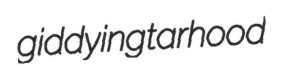
giddying tarhood